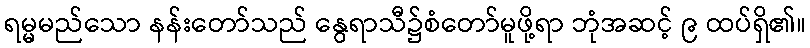
ရမ္မမည်သော နန်းတော်သည် နွေရာသီ၌စံတော်မူဖို့ရာ ဘုံအဆင့် ၉ ထပ်ရှိ၏။